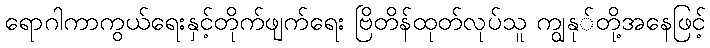
ရောဂါကာကွယ်ရေးနှင့်တိုက်ဖျက်ရေး ဗြိတိန်ထုတ်လုပ်သူ ကျွနု်တို့အနေဖြင့်